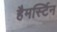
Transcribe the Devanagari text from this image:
हैमर्स्टिन